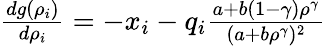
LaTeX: \begin{array}{r}{\frac{dg(\rho_{i})}{d\rho_{i}}=-x_{i}-q_{i}\frac{a+b(1-\gamma)\rho^{\gamma}}{(a+b\rho^{\gamma})^{2}}}\end{array}